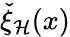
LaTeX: \check{\xi}_{\cal H}(x)